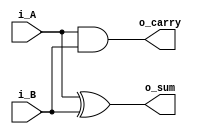
`timescale 1ns / 1ps

module HalfAdder(
    input i_A, i_B,
    output o_sum, o_carry
);

    assign o_sum   = i_A ^ i_B;  // xor = ^
    assign o_carry = i_A & i_B;

endmodule